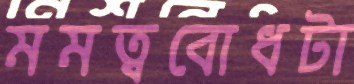
মমত্ববোধটা